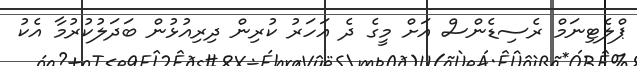
ޕްލެޓިނަމް ރެސިޑެންސް އަށް މީގެ ދެ އަހަރު ކުރިން ދިރިއުޅުން ބަދަލުކުރުމާ އެކު